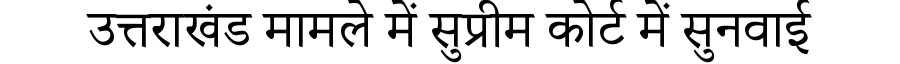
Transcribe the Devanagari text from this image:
उत्तराखंड मामले में सुप्रीम कोर्ट में सुनवाई